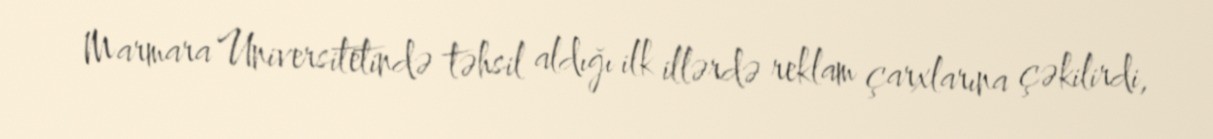
Marmara Universitetində təhsil aldığı ilk illərdə reklam çarxlarına çəkilirdi,